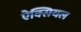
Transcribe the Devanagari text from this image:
ऐक्सियल